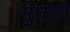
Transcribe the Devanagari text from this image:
मुघली